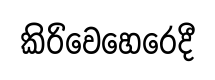
කිරිවෙහෙරෙදී